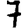
Digit: 7